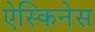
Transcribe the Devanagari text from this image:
ऐस्किनेस